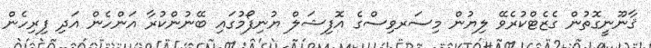
ޤާނޫނީގޮތުން ގެޒެޓްކުރެވޭ ލިޔުން މިސަރވިސްގެ އޮފިޝަލް ޔުނިފޯމުގައި ބޭނުންކުރާ އަންހެން އަދި ފިރިހެން